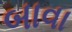
બાવા